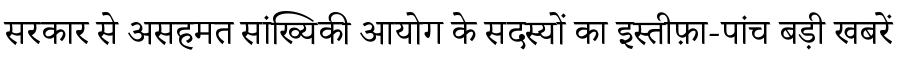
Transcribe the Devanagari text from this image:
सरकार से असहमत सांख्यिकी आयोग के सदस्यों का इस्तीफ़ा-पांच बड़ी खबरें